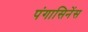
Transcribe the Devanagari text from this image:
पंगासिनेंस